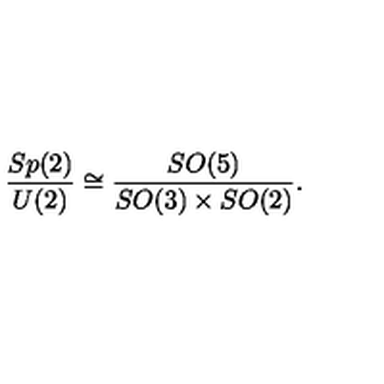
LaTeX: { \frac { S p ( 2 ) } { U ( 2 ) } } \cong { \frac { S O ( 5 ) } { S O ( 3 ) \times S O ( 2 ) } } .